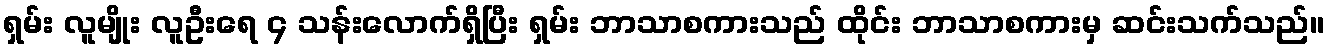
ရှမ်း လူမျိုး လူဦးရေ ၄ သန်းလောက်ရှိပြီး ရှမ်း ဘာသာစကားသည် ထိုင်း ဘာသာစကားမှ ဆင်းသက်သည်။